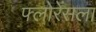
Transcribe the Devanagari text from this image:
फ्लोरेंसला